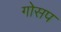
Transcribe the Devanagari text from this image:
गोसप